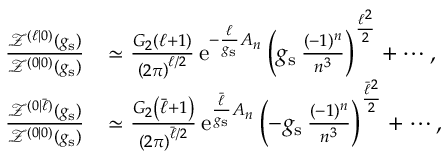
\begin{array} { r l } { \frac { \mathcal { Z } ^ { ( \ell | 0 ) } ( g _ { \mathrm { s } } ) } { \mathcal { Z } ^ { ( 0 | 0 ) } ( g _ { \mathrm { s } } ) } } & { \simeq \frac { G _ { 2 } \left( \ell + 1 \right) } { \left( 2 \pi \right) ^ { \ell / 2 } } \, { \mathrm { e } } ^ { - \frac { \ell } { g _ { \mathrm { s } } } A _ { n } } \left( g _ { \mathrm { s } } \, \frac { ( - 1 ) ^ { n } } { n ^ { 3 } } \right) ^ { \frac { \ell ^ { 2 } } { 2 } } + \cdots , } \\ { \frac { \mathcal { Z } ^ { ( 0 | \bar { \ell } ) } ( g _ { \mathrm { s } } ) } { \mathcal { Z } ^ { ( 0 | 0 ) } ( g _ { \mathrm { s } } ) } } & { \simeq \frac { G _ { 2 } \left( \bar { \ell } + 1 \right) } { \left( 2 \pi \right) ^ { \bar { \ell } / 2 } } \, { \mathrm { e } } ^ { \frac { \bar { \ell } } { g _ { \mathrm { s } } } A _ { n } } \left( - g _ { \mathrm { s } } \, \frac { ( - 1 ) ^ { n } } { n ^ { 3 } } \right) ^ { \frac { \bar { \ell } ^ { 2 } } { 2 } } + \cdots , } \end{array}